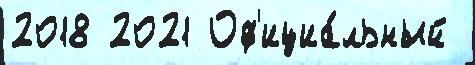
2018 2021 Оф'ициа́льный